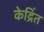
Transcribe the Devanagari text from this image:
केद्रिंत